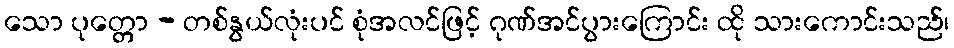
သော ပုတ္တော - တစ်နွယ်လုံးပင် စုံအလင်ဖြင့် ဂုဏ်အင်ပွားကြောင်း ထို သားကောင်းသည်၊